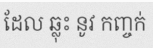
ដែល ឆ្លុះ នូវ កញ្ចក់